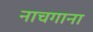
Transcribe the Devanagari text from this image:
नाचगाना